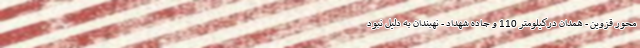
محور قزوین - همدان درکیلومتر 110 و جاده شهداد - نهبندان به دلیل نبود